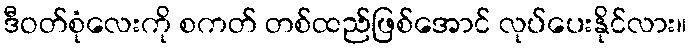
ဒီဝတ်စုံလေးကို စကတ် တစ်ထည်ဖြစ်အောင် လုပ်ပေးနိုင်လား။